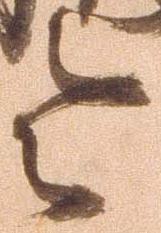
令